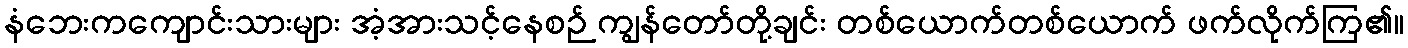
နံဘေးကကျောင်းသားများ အံ့အားသင့်နေစဉ် ကျွန်တော်တို့ချင်း တစ်ယောက်တစ်ယောက် ဖက်လိုက်ကြ၏။